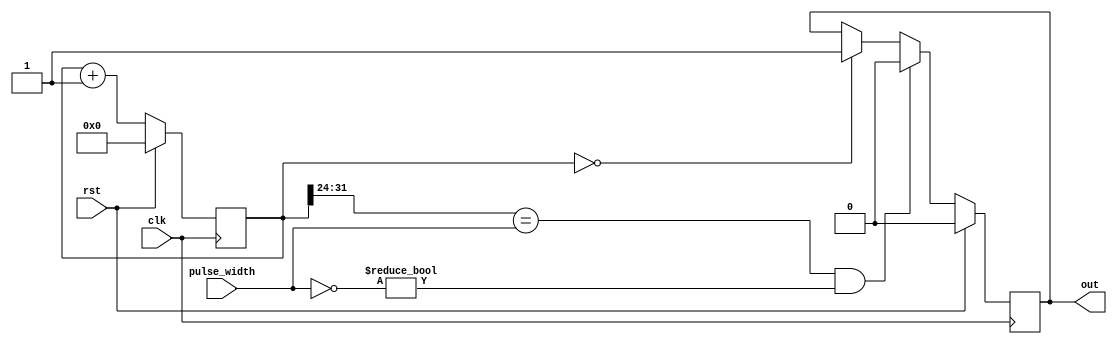
module pwm #(
   parameter COUNTER_BITS = 32, PW_BITS = 8
)  (
    input clk,
    input rst,
    input [0:PW_BITS-1] pulse_width,
    output out
    );

   reg [0:COUNTER_BITS-1] counter_f;
   reg 	      state;

   always @(posedge clk) begin
      if (rst) begin
	 counter_f <= 0;
      end else begin
	 counter_f <= counter_f + 1;
      end

      if (rst) begin
	 state <= 0;
      end else if (counter_f[0:PW_BITS-1] == pulse_width
		   && ~pulse_width != 0) begin
	 state <= 0;
      end else if (counter_f == 0) begin
	 state <= 1;
      end
   end // always @ (posedge clk)

   assign out = state;

endmodule // pwm